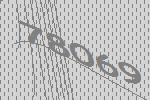
78069